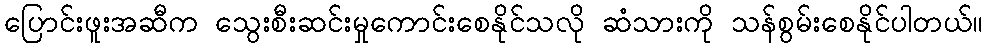
ပြောင်းဖူးအဆီက သွေးစီးဆင်းမှုကောင်းစေနိုင်သလို ဆံသားကို သန်စွမ်းစေနိုင်ပါတယ်။